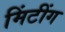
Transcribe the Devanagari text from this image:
मिंटींग